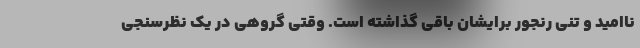
ناامید و تنی رنجور برایشان باقی گذاشته است. وقتی گروهی در یک نظرسنجی